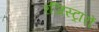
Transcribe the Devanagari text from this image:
रजिस्ट्रारों